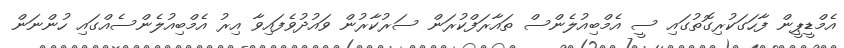
އެމްޑީޕީން ފާހަގަކުރިގޮތުގައި ސީ އެމްބިއުލެންސް ތައާރަފްކުރަން ސަރުކާރުން ވައުދުވެފައިވާ އިރު އެމްބިއުލެންސެއްގައި ހުންނަން